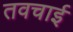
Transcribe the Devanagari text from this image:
तवचाई